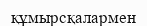
құмырсқалармен